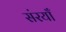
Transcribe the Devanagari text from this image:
संरयाँ